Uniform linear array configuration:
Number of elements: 48
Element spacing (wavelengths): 0.75
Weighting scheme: cosine
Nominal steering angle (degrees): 15
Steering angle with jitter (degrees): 14.55
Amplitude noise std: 0.05
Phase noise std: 0.05

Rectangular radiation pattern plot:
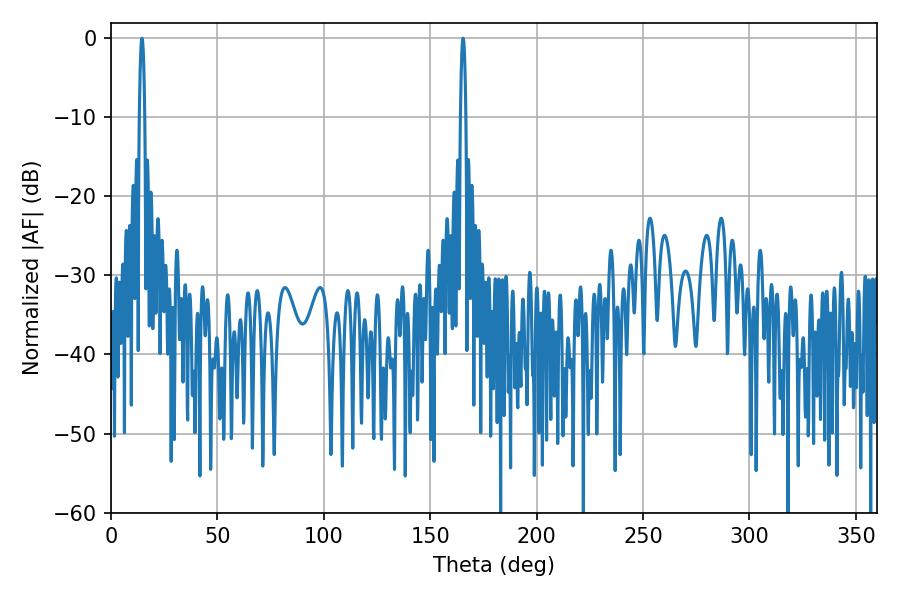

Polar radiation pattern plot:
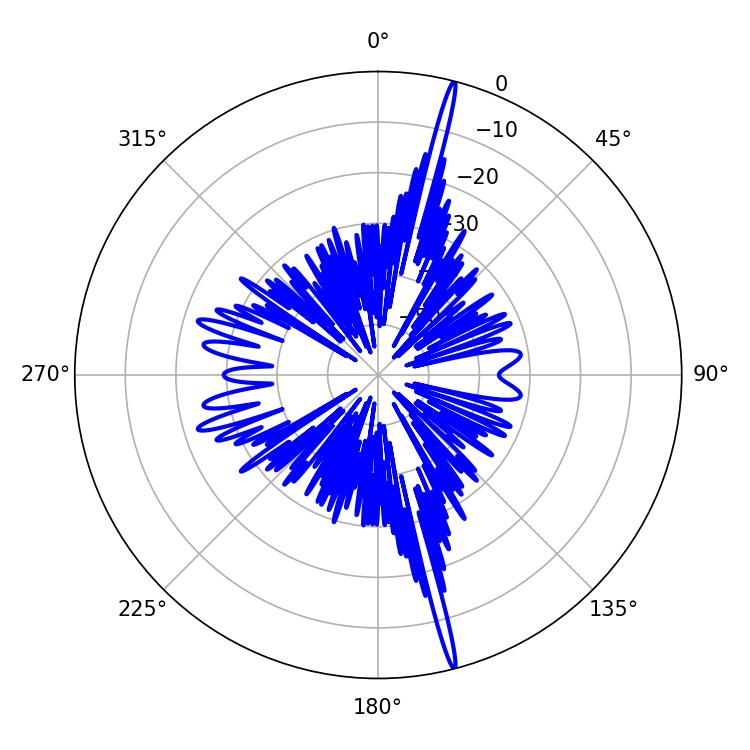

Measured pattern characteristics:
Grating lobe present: TRUE
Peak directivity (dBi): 21.79
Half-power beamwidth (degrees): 1.44
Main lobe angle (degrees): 165.42